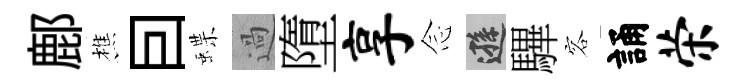
鄜樵囙蝶過墮享𫝹遜驆容誦荣